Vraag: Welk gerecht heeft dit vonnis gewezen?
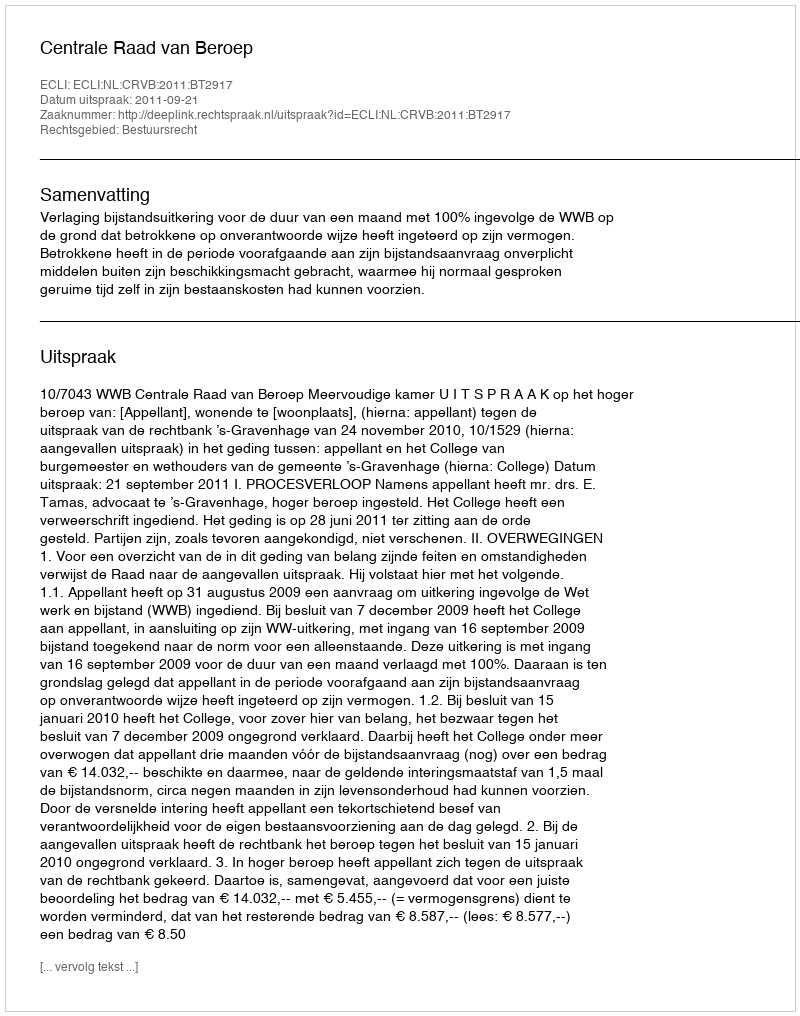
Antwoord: Centrale Raad van Beroep